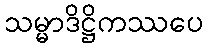
သမ္မာဒိဋ္ဌိကဿပေ